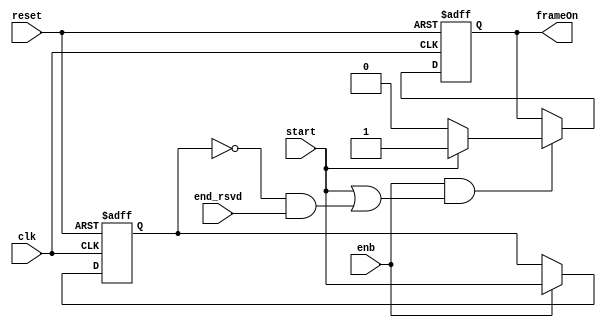
// -------------------------------------------------------------
// 
// 
// Generated by MATLAB 9.13 and HDL Coder 4.0
// 
// -------------------------------------------------------------


// -------------------------------------------------------------
// 
// Module: whdlOFDMTx_Generate_Current_Frame_Status_block
// Source Path: whdlOFDMTx/Frame Generator/Header/Interleaver/Write Logic/Handle Input Control Signals/Generate Current 
// Frame Statu
// Hierarchy Level: 7
// 
// -------------------------------------------------------------

`timescale 1 ns / 1 ns

module whdlOFDMTx_Generate_Current_Frame_Status_block
          (clk,
           reset,
           enb,
           start,
           end_rsvd,
           frameOn);


  input   clk;
  input   reset;
  input   enb;
  input   start;
  input   end_rsvd;
  output  frameOn;


  reg  Delay3_out1;
  wire Logical_Operator7_out1;
  wire Logical_Operator6_out1;
  wire Logical_Operator4_out1;
  wire Constant3_out1;
  wire Constant2_out1;
  wire Switch2_out1;
  reg  Unit_Delay_Enabled_Synchronous1_out1;


  always @(posedge clk or posedge reset)
    begin : Delay3_process
      if (reset == 1'b1) begin
        Delay3_out1 <= 1'b0;
      end
      else begin
        if (enb) begin
          Delay3_out1 <= start;
        end
      end
    end



  assign Logical_Operator7_out1 =  ~ Delay3_out1;



  assign Logical_Operator6_out1 = Logical_Operator7_out1 & end_rsvd;



  assign Logical_Operator4_out1 = start | Logical_Operator6_out1;



  assign Constant3_out1 = 1'b0;



  assign Constant2_out1 = 1'b1;



  assign Switch2_out1 = (start == 1'b0 ? Constant3_out1 :
              Constant2_out1);



  always @(posedge clk or posedge reset)
    begin : Unit_Delay_Enabled_Synchronous1_process
      if (reset == 1'b1) begin
        Unit_Delay_Enabled_Synchronous1_out1 <= 1'b0;
      end
      else begin
        if (enb && Logical_Operator4_out1) begin
          Unit_Delay_Enabled_Synchronous1_out1 <= Switch2_out1;
        end
      end
    end



  assign frameOn = Unit_Delay_Enabled_Synchronous1_out1;

endmodule  // whdlOFDMTx_Generate_Current_Frame_Status_block